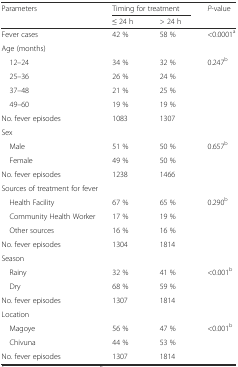
| <ROWSPAN=2> Parameters | <COLSPAN=2> Timing for treatment | <ROWSPAN=2> P-value |
 | ≤ 24 h | > 24 h |
 | --- | --- | --- | --- |
 | Fever cases | 42 % | 58 % | <0.0001a |
 | <COLSPAN=4> Age (months) |
 | 12–24 | 34 % | 32 % | <ROWSPAN=5> 0.247b |
 | 25–36 | 26 % | 24 % |
 | 37–48 | 21 % | 25 % |
 | 49–60 | 19 % | 19 % |
 | No. fever episodes | 1083 | 1307 |
 | <COLSPAN=4> Sex |
 | Male | 51 % | 50 % | <ROWSPAN=3> 0.657b |
 | Female | 49 % | 50 % |
 | No. fever episodes | 1238 | 1466 |
 | <COLSPAN=4> Sources of treatment for fever |
 | Health Facility | 67 % | 65 % | <ROWSPAN=4> 0.290b |
 | Community Health Worker | 17 % | 19 % |
 | Other sources | 16 % | 16 % |
 | No. fever episodes | 1304 | 1814 |
 | <COLSPAN=4> Season |
 | Rainy | 32 % | 41 % | <ROWSPAN=3> <0.001b |
 | Dry | 68 % | 59 % |
 | No. fever episodes | 1307 | 1814 |
 | <COLSPAN=4> Location |
 | Magoye | 56 % | 47 % | <ROWSPAN=3> <0.001b |
 | Chivuna | 44 % | 53 % |
 | No. fever episodes | 1307 | 1814 |